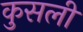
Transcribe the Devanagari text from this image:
कुसली